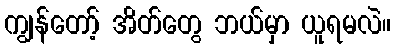
ကျွန်တော့် အိတ်တွေ ဘယ်မှာ ယူရမလဲ။